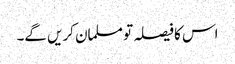
اس کا فیصلہ تو مسلمان کریں گے۔